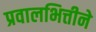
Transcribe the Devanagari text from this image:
प्रवालभित्तीने